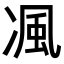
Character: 𭂖